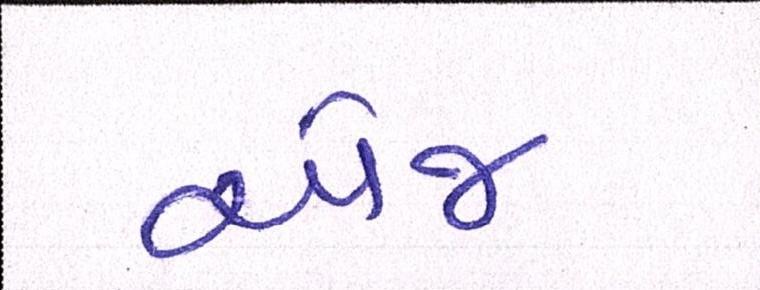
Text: એજ